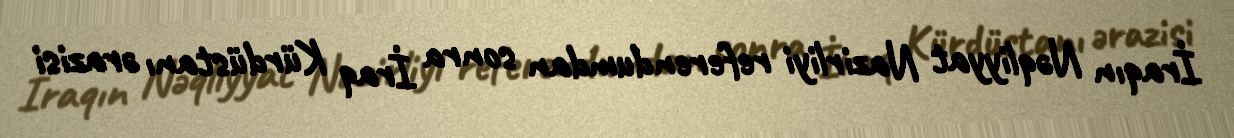
İraqın Nəqliyyat Nazirliyi referendumdan sonra İraq Kürdüstanı ərazisi